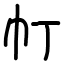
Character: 帄